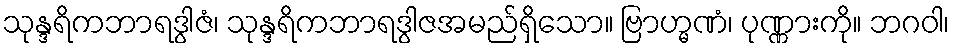
သုန္ဒရိကဘာရဒွါဇံ၊ သုန္ဒရိကဘာရဒွါဇအမည်ရှိသော။ ဗြာဟ္မဏံ၊ ပုဏ္ဏားကို။ ဘဂဝါ၊